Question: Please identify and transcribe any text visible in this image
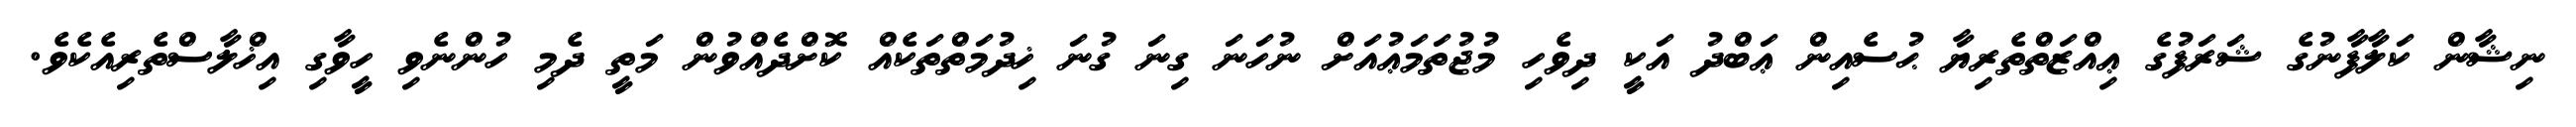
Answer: ނިޝާން ކަލާފާނުގެ ޝަރަފުގެ ޢިއްޒަތްތެރިޔާ ޙުސެއިން ޢަބްދު އަކީ ދިވެހި މުޖުތަމަޢުއަށް ނުހަނަ ގިނަ ގުނަ ޚިދުމަތްތަކެއް ކޮށްދެއްވުން މަތީ ދެމި ހުންނެވި ހީވާގި އިޚްލާސްތެރިއެކެވެ.